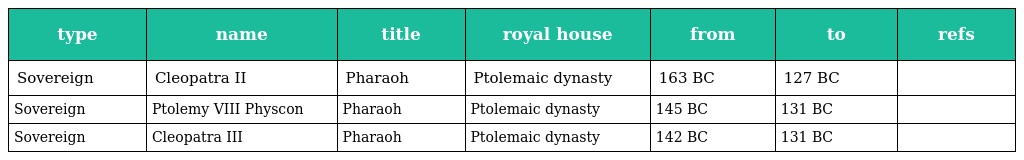
| type | name | title | royal house | from | to | refs |
 | --- | --- | --- | --- | --- | --- | --- |
 | Sovereign | Cleopatra II | Pharaoh | Ptolemaic dynasty | 163 BC | 127 BC |  |
 | Sovereign | Ptolemy VIII Physcon | Pharaoh | Ptolemaic dynasty | 145 BC | 131 BC |  |
 | Sovereign | Cleopatra III | Pharaoh | Ptolemaic dynasty | 142 BC | 131 BC |  |